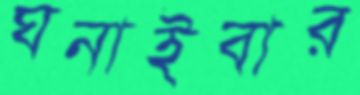
ঘনাইবার